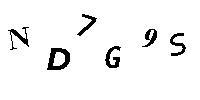
ND7G9S